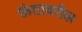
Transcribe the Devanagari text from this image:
ऊंटावरील